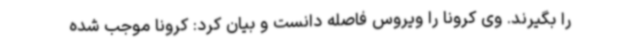
را بگیرند. وی کرونا را ویروس فاصله دانست و بیان کرد: کرونا موجب شده